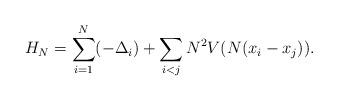
LaTeX: \begin{align*}H_N=\sum_{i=1}^N(-\Delta_i)+\sum_{i<j}N^2V(N(x_i-x_j)).\end{align*}